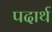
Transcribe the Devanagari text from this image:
पदार्थ